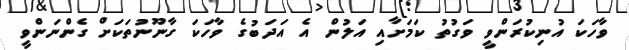
ވާހަކަ އުނިކުރަންވީ ވަގުތު ކަމަށާއި އަލުން އެ އަދަބުގެ ވާހަކަ ގާނޫނުތަކަށް ގެންނަންވީ